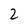
Character: 2